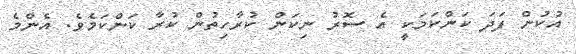
އުކުން ފަދަ ކަންކަމަކީ އެ ސޮރު ނިކަން ކުރާހިތުން ކުރާ ކަންކަމެވެ. އެންމެ